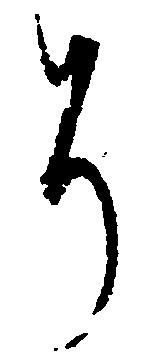
そ